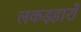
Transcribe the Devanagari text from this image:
लकड़हारों